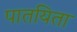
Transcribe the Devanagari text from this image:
पातयिता